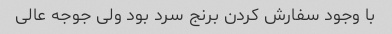
با وجود سفارش کردن برنج سرد بود ولی جوجه عالی